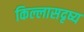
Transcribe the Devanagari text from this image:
किल्लासदृष्य